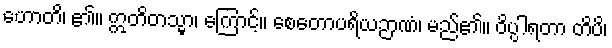
ဟောတိ၊ ၏။ ဣတိတသ္မာ၊ ကြောင့်။ စေတောပရိယဉာဏံ၊ မည်၏။ ဝိပ္ပါရတာ တိပိ၊